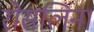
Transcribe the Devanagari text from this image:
रोसलिन।